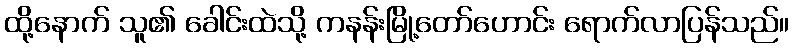
ထို့နောက် သူ၏ ခေါင်းထဲသို့ ကနန်းမြို့တော်ဟောင်း ရောက်လာပြန်သည်။